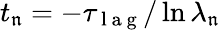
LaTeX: t_{\mathfrak{n}}=-\tau_{\mathrm{{~l~a~g~}}}/\ln{\lambda_{\mathfrak{n}}}